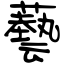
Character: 藝